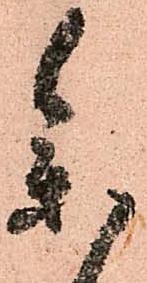
参